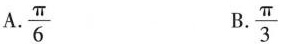
A.\frac{\pi}{6} B.\frac{\pi}{3}